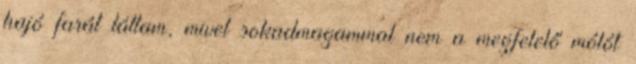
hajó farát láttam, mivel sokadmagammal nem a megfelelő mólót